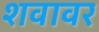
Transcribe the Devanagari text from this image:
शवावर